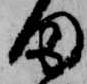
田